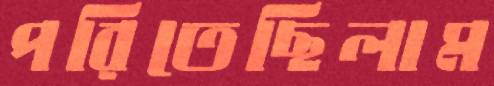
পরিতেছিলাম